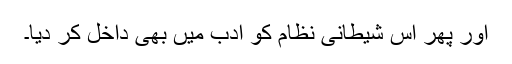
اور پھر اس شیطانی نظام کو ادب میں بھی داخل کر دیا۔